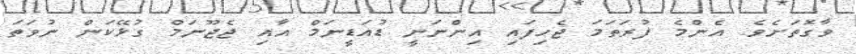
ވާގޮތަށެވެ. އެންމެ ފުރަތަމަ ޖެހިފައި އިންނަނީ ޑުއަޑީނަމް އާއި ޖެޖޫނަމް ގުޅޭކަން ނުވަތަ